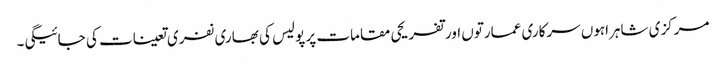
مرکزی شاہراہوں سرکاری عمارتوں اور تفریحی مقامات پر پولیس کی بھاری نفری تعینات کی جائیگی۔